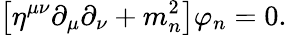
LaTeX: \left[\eta^{\mu\nu}\partial_{\mu}\partial_{\nu}+m_{n}^{2}\right]\varphi_{n}=0.